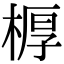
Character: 𣖔